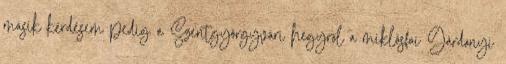
másik kérdésem pedig a Szentgyörgyvári hegyről a miklósfai Gárdonyi